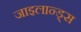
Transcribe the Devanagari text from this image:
जाइलान्ड्स